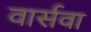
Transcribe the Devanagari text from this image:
वार्सवा